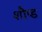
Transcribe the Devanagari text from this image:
शौप्ड